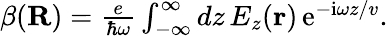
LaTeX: \begin{array}{r}{\beta({\mathbf R})=\frac{e}{\hbar\omega}\int_{-\infty}^{\infty}dz\, E_{z}({\mathbf r})\, \mathrm{e}^{-\mathrm{i}\omega z/v}.}\end{array}